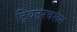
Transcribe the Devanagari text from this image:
ट्विटरवरून